Indian journal of veterinary science and animal husbandry - Volumes 15-17, 1948-1951
Year: 1948
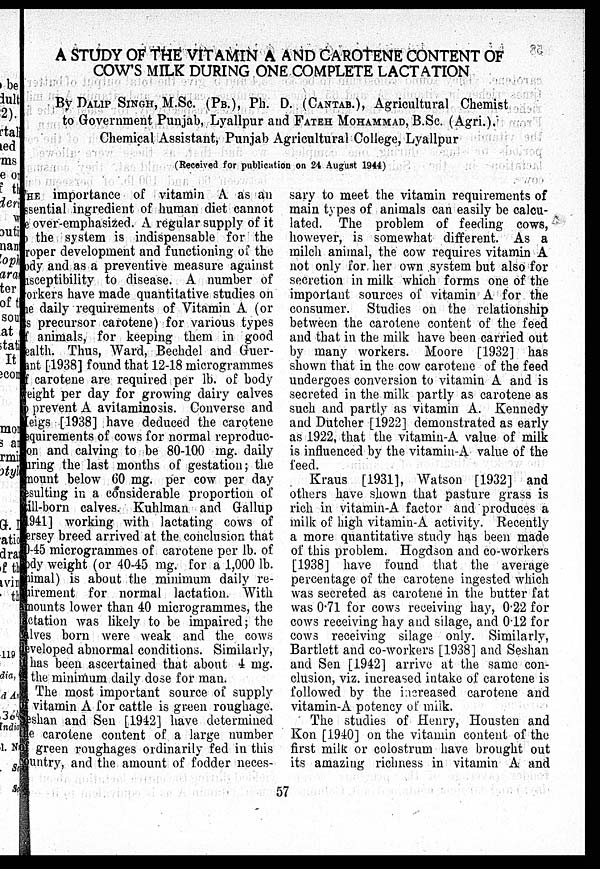
A STUDY OF THE VITAMIN A AND CAROTENE CONTENT OF
COW'S MILK DURING ONE COMPLETE LACTATION
By DALIP SINGH, M.Sc. (PB.), Ph. D. (CANTAB.), Agricultural Chemist
to Government Punjab, Lyallpur and FATEH MOHAMMAD, B.Sc. (Agri.).
Chemical Assistant, Punjab Agricultural College, Lyallpur
(Received for publication on 24 August 1944)
THE importance of vitamin A as an
essential ingredient of human diet cannot
be over-emphasized. A regular supply of it
the system is indispensable for the
proper development and functioning of the
body and as a preventive measure against
usceptibility to disease. A number of
orkers have made quantitative studies on
the daily requirements of Vitamin A (or
s precursor carotene) for various types
of animals, for keeping them in good
health. Thus, Ward, Bechdel and Guer-
ant [1938] found that 12-18 microgrammes
of carotene are required per lb. of body
weight per day for growing dairy calves
to prevent A avitaminosis. Converse and
Meigs [1938] have deduced the carotene
equirements of cows for normal reproduc-
tion and calving to be 80-100 mg. daily
during the last months of gestation; the
amount below 60 mg. per cow per day
resulting in a considerable proportion of
till-born calves. Kuhlman and Gallup
[1941] working with lactating cows of
ersey breed arrived at the conclusion that
0-45 microgrammes of carotene per lb. of
body weight (or 40-45 mg. for a 1,000 lb.
animal) is about the minimum daily re-
uirement for normal lactation. With
amounts lower than 40 microgrammes, the
lactation was likely to be impaired; the
calves born were weak and the cows
developed abnormal conditions. Similarly,
it has been ascertained that about 4 mg.
is the minimum daily dose for man.
The most important source of supply
of vitamin A for cattle is green roughage.
Seshan and Sen [1942] have determined
the carotene content of a large number
of green roughages ordinarily fed in this
country, and the amount of fodder neces-
sary to meet the vitamin requirements of
main types of animals can easily be calcu-
lated. The problem of feeding cows,
however, is somewhat different. As a
milch animal, the cow requires vitamin A
not only for her own system but also for
secretion in milk which forms one of the
important sources of vitamin A for the
consumer. Studies on the relationship
between the carotene content of the feed
and that in the milk have been carried out
by many workers. Moore [1932] has
shown that in the cow carotene of the feed
undergoes conversion to vitamin A and is
secreted in the milk partly as carotene as
such and partly as vitamin A. Kennedy
and Dutcher [1922] demonstrated as early
as 1922, that the vitamin-A value of milk
is influenced by the vitamin-A value of the
feed.
Kraus [1931], Watson [1932] and
others have shown that pasture grass is
rich in vitamin-A factor and produces a
milk of high vitamin-A activity. Recently
a more quantitative study has been made
of this problem. Hogdson and co-workers
[1938] have found that the average
percentage of the carotene ingested which
was secreted as carotene in the butter fat
was 0.71 for cows receiving hay, 0.22 for
cows receiving hay and silage, and 0.12 for
cows receiving silage only. Similarly,
Bartlett and co-workers [1938] and Seshan
and Sen [1942] arrive at the same con-
clusion, viz. increased intake of carotene is
followed by the increased carotene and
vitamin-A potency of milk.
The studies of Henry, Housten and
Kon [1940] on the vitamin content of the
first milk or colostrum have brought out
its amazing richness in vitamin A and
57